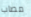
مصاب